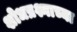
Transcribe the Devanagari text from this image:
शोधप्रश्नाच्या